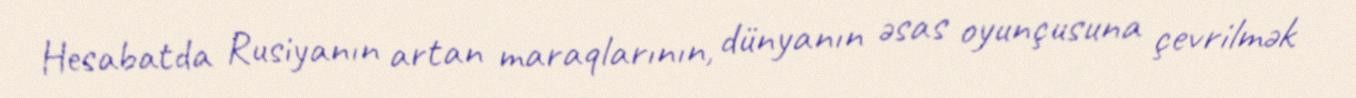
Hesabatda Rusiyanın artan maraqlarının, dünyanın əsas oyunçusuna çevrilmək